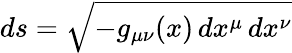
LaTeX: ds={\sqrt{-g_{\mu\nu}(x)\, dx^{\mu}\, dx^{\nu}}}